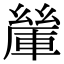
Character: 𨍃